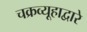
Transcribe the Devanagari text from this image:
चक्रव्यूहाद्वारे